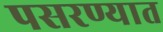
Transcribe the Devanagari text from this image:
पसरण्यात